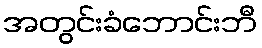
အတွင်းခံဘောင်းဘီ